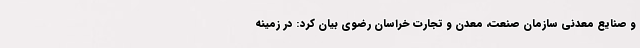
و صنایع معدنی سازمان صنعت، معدن و تجارت خراسان رضوی بیان کرد: در زمینه